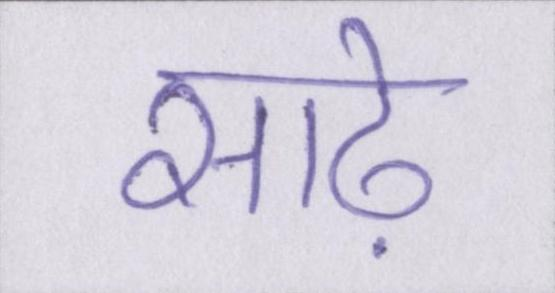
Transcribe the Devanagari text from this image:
साढ़े